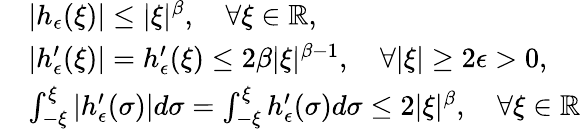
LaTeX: \begin{array}{rl}&{|h_{\epsilon}(\xi)|\leq|\xi|^{\beta},\quad\forall\xi\in\mathbb{R},}\\ &{|h_{\epsilon}^{\prime}(\xi)|=h_{\epsilon}^{\prime}(\xi)\leq 2\beta|\xi|^{\beta-1},\quad\forall|\xi|\geq 2\epsilon>0,}\\ &{\int_{-\xi}^{\xi}|h_{\epsilon}^{\prime}(\sigma)|d\sigma=\int_{-\xi}^{\xi}h_{\epsilon}^{\prime}(\sigma)d\sigma\leq 2|\xi|^{\beta},\quad\forall\xi\in\mathbb{R}}\end{array}